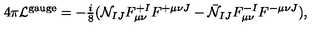
4 \pi { \cal L } ^ { \mathrm { g a u g e } } = - { \textstyle { \frac { i } { 8 } } } ( { \cal N } _ { I J } F _ { \mu \nu } ^ { + I } F ^ { + \mu \nu J } - \bar { \cal N } _ { I J } F _ { \mu \nu } ^ { - I } F ^ { - \mu \nu J } ) ,